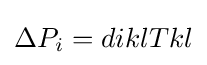
\Delta P_{i}=diklTkl